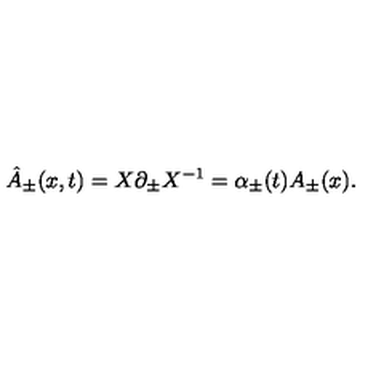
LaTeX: { \hat { A } } _ { \pm } ( x , t ) = X \partial _ { \pm } X ^ { - 1 } = \alpha _ { \pm } ( t ) A _ { \pm } ( x ) .